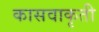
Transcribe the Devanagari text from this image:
कासवाकृती